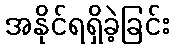
အနိုင်ရရှိခဲ့ခြင်း